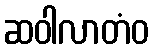
ဆဝါလာတံဝ